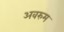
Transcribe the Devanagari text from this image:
अवरुम